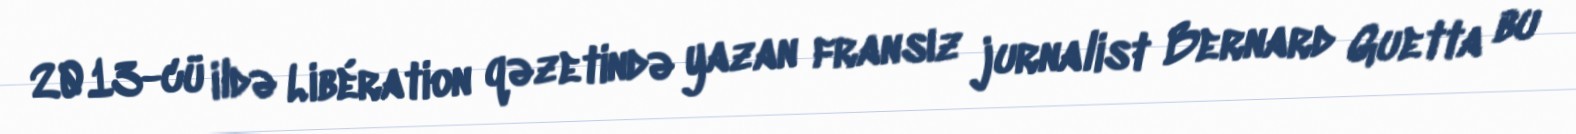
2013-cü ildə Libération qəzetində yazan fransız jurnalist Bernard Guetta bu